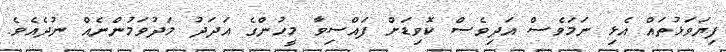
ފިޔަވަޅުތައް އެޅި ނަމަވެސް އަދިވެސް ކޮވިޑަށް ފައްސިވާ މީހުންގެ އަދަދު މަދުވަމުންނެއް ނުދެއެވެ.